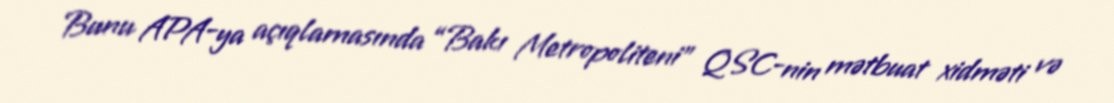
Bunu APA-ya açıqlamasında “Bakı Metropoliteni” QSC-nin mətbuat xidməti və